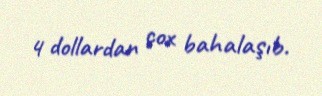
4 dollardan çox bahalaşıb.